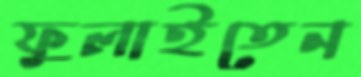
ফুলাইতেন